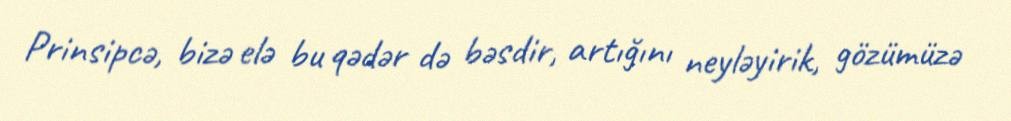
Prinsipcə, bizə elə bu qədər də bəsdir, artığını neyləyirik, gözümüzə